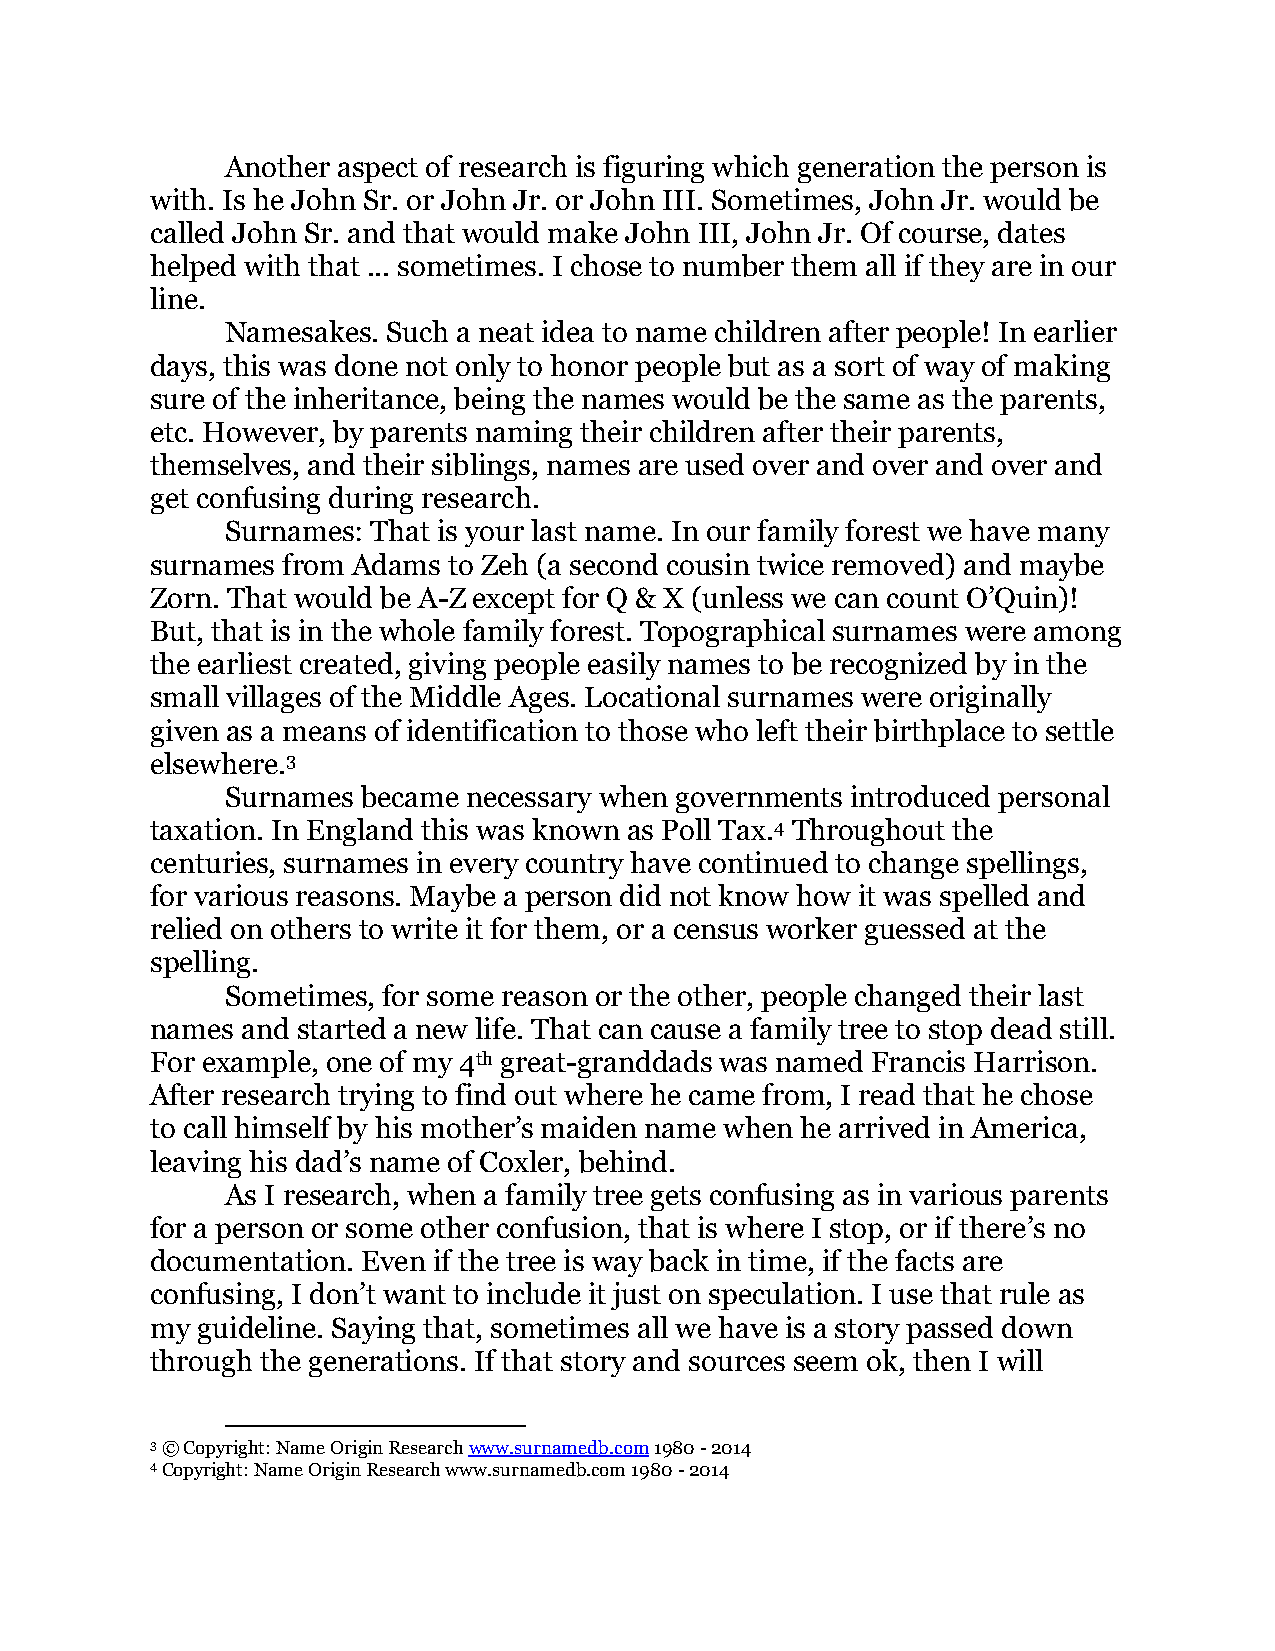
Another aspect of research is figuring which generation the person is
 with. Is he John Sr. or John Jr. or John III. Sometimes, John Jr. would be
 called John Sr. and that would make John III, John Jr. Of course, dates
 helped with that ... sometimes. I chose to number them all if they are in our
 line.
 Namesakes. Such a neat idea to name children after people! In earlier
 days, this was done not only to honor people but as a sort of way of making
 sure of the inheritance, being the names would be the same as the parents,
 etc. However, by parents naming their children after their parents,
 themselves, and their siblings, names are used over and over and over and
 get confusing during research.
 Surnames: That is your last name. In our family forest we have many
 surnames from Adams to Zeh (a second cousin twice removed) and maybe
 Zorn. That would be A-Z except for Q & X (unless we can count O’Quin)!
 But, that is in the whole family forest. Topographical surnames were among
 the earliest created, giving people easily names to be recognized by in the
 small villages of the Middle Ages. Locational surnames were originally
 given as a means of identification to those who left their birthplace to settle
 elsewhere.3
 Surnames became necessary when governments introduced personal
 taxation. In England this was known as Poll Tax.4 Throughout the
 centuries, surnames in every country have continued to change spellings,
 for various reasons. Maybe a person did not know how it was spelled and
 relied on others to write it for them, or a census worker guessed at the
 spelling.
 Sometimes, for some reason or the other, people changed their last
 names and started a new life. That can cause a family tree to stop dead still.
 For example, one of my 4th great-granddads was named Francis Harrison.
 After research trying to find out where he came from, I read that he chose
 to call himself by his mother’s maiden name when he arrived in America,
 leaving his dad’s name of Coxler, behind.
 As I research, when a family tree gets confusing as in various parents
 for a person or some other confusion, that is where I stop, or if there’s no
 documentation. Even if the tree is way back in time, if the facts are
 confusing, I don’t want to include it just on speculation. I use that rule as
 my guideline. Saying that, sometimes all we have is a story passed down
 through the generations. If that story and sources seem ok, then I will
 3 © Copyright: Name Origin Research www.surnamedb.com 1980 - 2014
 4 Copyright: Name Origin Research www.surnamedb.com 1980 - 2014